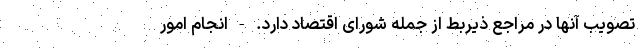
تصویب آنها در مراجع ذیربط از جمله شورای اقتصاد دارد. - انجام امور